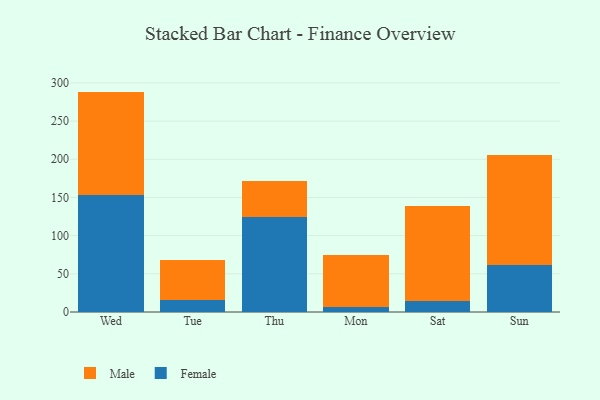
{"axis": {"x": "Day", "y": "LTV (USD)"}, "legend": ["Female", "Male"], "data": [{"x": "Wed", "y": 152.6, "type": "Female"}, {"x": "Wed", "y": 136.0, "type": "Male"}, {"x": "Tue", "y": 16.3, "type": "Female"}, {"x": "Tue", "y": 52.4, "type": "Male"}, {"x": "Thu", "y": 124.6, "type": "Female"}, {"x": "Thu", "y": 47.2, "type": "Male"}, {"x": "Mon", "y": 6.6, "type": "Female"}, {"x": "Mon", "y": 68.5, "type": "Male"}, {"x": "Sat", "y": 14.8, "type": "Female"}, {"x": "Sat", "y": 124.4, "type": "Male"}, {"x": "Sun", "y": 62.0, "type": "Female"}, {"x": "Sun", "y": 143.4, "type": "Male"}]}